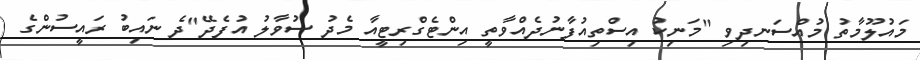
މައުލޫމާތު މުއްސަނދިވި "މަނިކު އިސްތިއުފާނުދެއްވާތީ އިންޓެގްރިޓީއާ މެދު ސުވާލު އުފެދޭ"ދެ ނައިބު ރައީސުންގެ